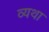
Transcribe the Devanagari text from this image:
व्‍यथा